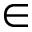
\in